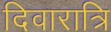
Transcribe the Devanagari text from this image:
दिवारात्रि